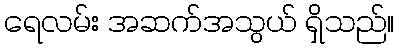
ရေလမ်း အဆက်အသွယ် ရှိသည်။